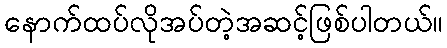
နောက်ထပ်လိုအပ်တဲ့အဆင့်ဖြစ်ပါတယ်။